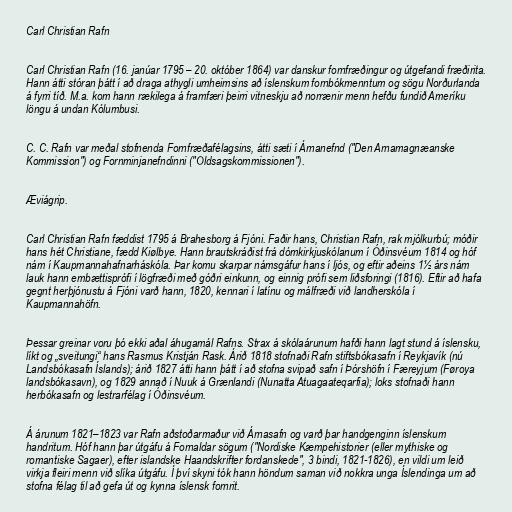
Carl Christian Rafn

Carl Christian Rafn (16. janúar 1795 – 20. október 1864) var danskur fornfræðingur og útgefandi fræðirita.
Hann átti stóran þátt í að draga athygli umheimsins að íslenskum fornbókmenntum og sögu Norðurlanda
á fyrri tíð. M.a. kom hann rækilega á framfæri þeirri vitneskju að norrænir menn hefðu fundið Ameríku
löngu á undan Kólumbusi.

C. C. Rafn var meðal stofnenda Fornfræðafélagsins, átti sæti í Árnanefnd ("Den Arnamagnæanske
Kommission") og Fornminjanefndinni ("Oldsagskommissionen").

Æviágrip.

Carl Christian Rafn fæddist 1795 á Brahesborg á Fjóni. Faðir hans, Christian Rafn, rak mjólkurbú; móðir
hans hét Christiane, fædd Kiølbye. Hann brautskráðist frá dómkirkjuskólanum í Óðinsvéum 1814 og hóf
nám í Kaupmannahafnarháskóla. Þar komu skarpar námsgáfur hans í ljós, og eftir aðeins 1½ árs nám
lauk hann embættisprófi í lögfræði með góðri einkunn, og einnig prófi sem liðsforingi (1816). Eftir að hafa
gegnt herþjónustu á Fjóni varð hann, 1820, kennari í latínu og málfræði við landherskóla í
Kaupmannahöfn.

Þessar greinar voru þó ekki aðal áhugamál Rafns. Strax á skólaárunum hafði hann lagt stund á íslensku,
líkt og „sveitungi“ hans Rasmus Kristján Rask. Árið 1818 stofnaði Rafn stiftsbókasafn í Reykjavík (nú
Landsbókasafn Íslands); árið 1827 átti hann þátt í að stofna svipað safn í Þórshöfn í Færeyjum (Føroya
landsbókasavn), og 1829 annað í Nuuk á Grænlandi (Nunatta Atuagaateqarfia); loks stofnaði hann
herbókasafn og lestrarfélag í Óðinsvéum.

Á árunum 1821–1823 var Rafn aðstoðarmaður við Árnasafn og varð þar handgenginn íslenskum
handritum. Hóf hann þar útgáfu á Fornaldar sögum ("Nordiske Kæmpehistorier (eller mythiske og
romantiske Sagaer), efter islandske Haandskrifter fordanskede", 3 bindi, 1821-1826), en vildi um leið
virkja fleiri menn við slíka útgáfu. Í því skyni tók hann höndum saman við nokkra unga Íslendinga um að
stofna félag til að gefa út og kynna íslensk fornrit.